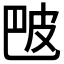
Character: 𬐒